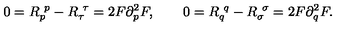
0 = R _ { p } ^ { \ p } - R _ { \tau } ^ { \ \tau } = 2 F \partial _ { p } ^ { 2 } F , \qquad 0 = R _ { q } ^ { \ q } - R _ { \sigma } ^ { \ \sigma } = 2 F \partial _ { q } ^ { 2 } F .